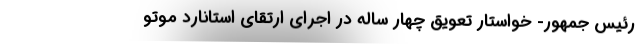
رئیس جمهور- خواستار تعویق چهار ساله در اجرای ارتقای استانارد موتو